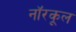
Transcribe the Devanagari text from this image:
नॉरकूल